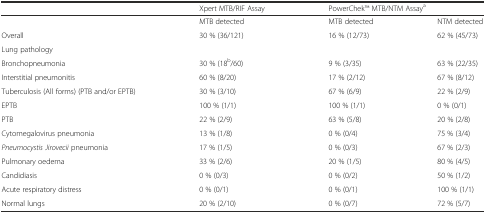
<table><thead><tr><td></td><td><b>Xpert MTB/RIF Assay</b></td><td colspan="2"><b>PowerChekTM MTB/NTM Assay<sup>a</sup></b></td></tr></thead><tbody><tr><td></td><td>MTB detected</td><td>MTB detected</td><td>NTM detected</td></tr><tr><td>Overall</td><td>30 % (36/121)</td><td>16 % (12/73)</td><td>62 % (45/73)</td></tr><tr><td>Lung pathology</td><td></td><td></td><td></td></tr><tr><td>Bronchopneumonia</td><td>30 % (18<sup>b</sup>/60)</td><td>9 % (3/35)</td><td>63 % (22/35)</td></tr><tr><td>Interstitial pneumonitis</td><td>60 % (8/20)</td><td>17 % (2/12)</td><td>67 % (8/12)</td></tr><tr><td>Tuberculosis (All forms) (PTB and/or EPTB)</td><td>30 % (3/10)</td><td>67 % (6/9)</td><td>22 % (2/9)</td></tr><tr><td>EPTB</td><td>100 % (1/1)</td><td>100 % (1/1)</td><td>0 % (0/1)</td></tr><tr><td>PTB</td><td>22 % (2/9)</td><td>63 % (5/8)</td><td>20 % (2/8)</td></tr><tr><td>Cytomegalovirus pneumonia</td><td>13 % (1/8)</td><td>0 % (0/4)</td><td>75 % (3/4)</td></tr><tr><td><i>Pneumocystis Jirovecii</i> pneumonia</td><td>17 % (1/5)</td><td>0 % (0/3)</td><td>67 % (2/3)</td></tr><tr><td>Pulmonary oedema</td><td>33 % (2/6)</td><td>20 % (1/5)</td><td>80 % (4/5)</td></tr><tr><td>Candidiasis</td><td>0 % (0/3)</td><td>0 % (0/2)</td><td>50 % (1/2)</td></tr><tr><td>Acute respiratory distress</td><td>0 % (0/1)</td><td>0 % (0/1)</td><td>100 % (1/1)</td></tr><tr><td>Normal lungs</td><td>20 % (2/10)</td><td>0 % (0/7)</td><td>72 % (5/7)</td></tr></tbody></table>